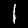
Digit: 1